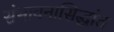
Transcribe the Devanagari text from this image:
संभावनासिद्धांत